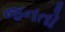
જનતો